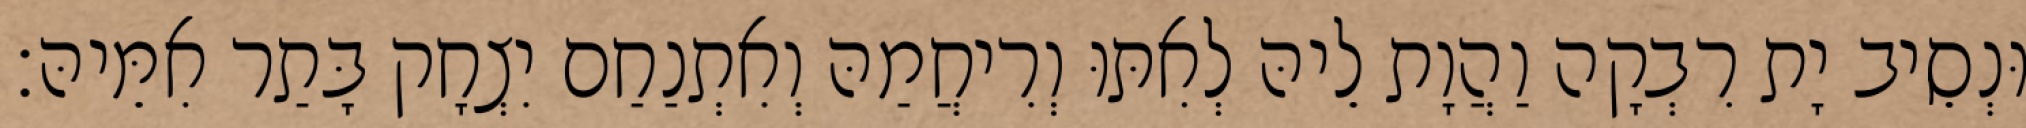
וּנְסֵיב יָת רִבְקָה וַהֲוָת לֵיהּ לְאִתּוּ וְרִיחֲמַהּ וְאִתְנַחַם יִצְחָק בָּתַר אִמֵּיהּ׃